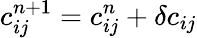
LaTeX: c_{ij}^{n+1}=c_{ij}^{n}+\delta c_{ij}